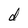
Character: d